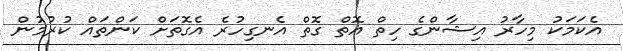
އެކަމަކު މިހާރު އިޝާންގެ ހިތް އޮތް ގޮތް އެނގިހުރެ އެގޮތަށް ކަންތައް ކުރުމުން